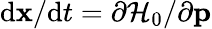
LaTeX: \mathrm{d}\mathbf{x}/\mathrm{d}t=\partial\mathcal{H}_{0}/\partial\mathbf{p}